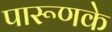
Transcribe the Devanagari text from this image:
पारूणके